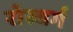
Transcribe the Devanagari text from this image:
रोस्बर्ग